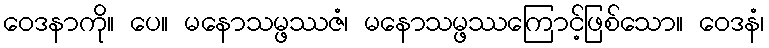
ဝေဒနာကို။ ပေ။ မနောသမ္ဖဿဇံ၊ မနောသမ္ဖဿကြောင့်ဖြစ်သော။ ဝေဒနံ၊